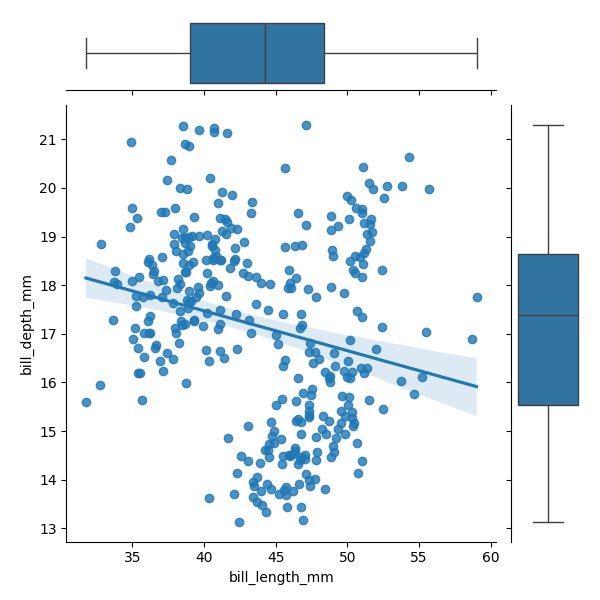
python, seaborn, JointGrid, regplot, boxplot